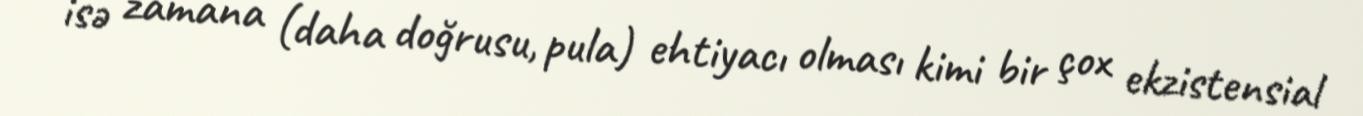
isə zamana (daha doğrusu, pula) ehtiyacı olması kimi bir çox ekzistensial